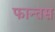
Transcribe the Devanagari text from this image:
फान्तस